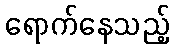
ရောက်နေသည့်